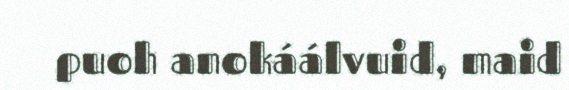
puoh anokáálvuid, maid